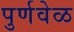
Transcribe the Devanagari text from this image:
पुर्णवेळ